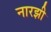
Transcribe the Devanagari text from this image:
नारझी